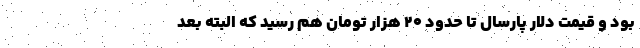
بود و قیمت دلار پارسال تا حدود ۲۰ هزار تومان هم رسید که البته بعد